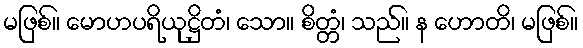
မဖြစ်။ မောဟပရိယုဋ္ဌိတံ၊ သော။ စိတ္တံ၊ သည်။ န ဟောတိ၊ မဖြစ်။